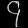
Digit: ၄